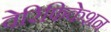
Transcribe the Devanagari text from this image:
वेरिफिकेशन